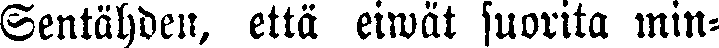
Sentähden, että eiwät suorita min-